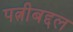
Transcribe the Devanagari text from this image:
पत्नीबद्दल